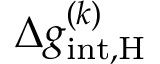
\Delta g _ { \mathrm { i n t , \mathrm { H } } } ^ { ( k ) }